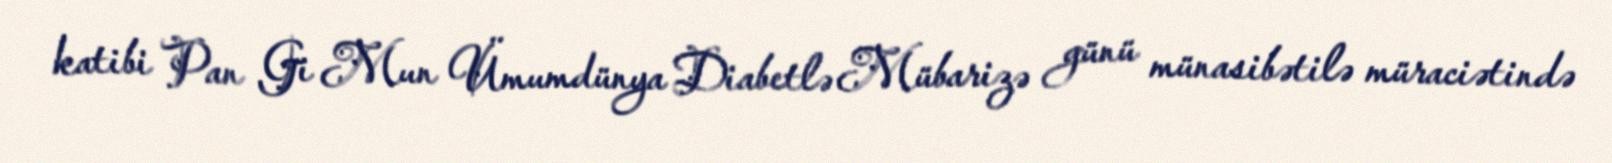
katibi Pan Gi Mun Ümumdünya Diabetlə Mübarizə günü münasibətilə müraciətində